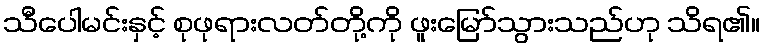
သီပေါမင်းနှင့် စုဖုရားလတ်တို့ကို ဖူးမြော်သွားသည်ဟု သိရ၏။